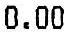
0.00